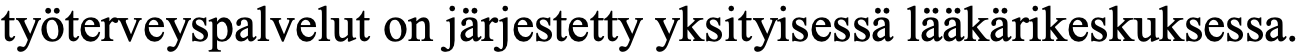
työterveyspalvelut on järjestetty yksityisessä lääkärikeskuksessa.